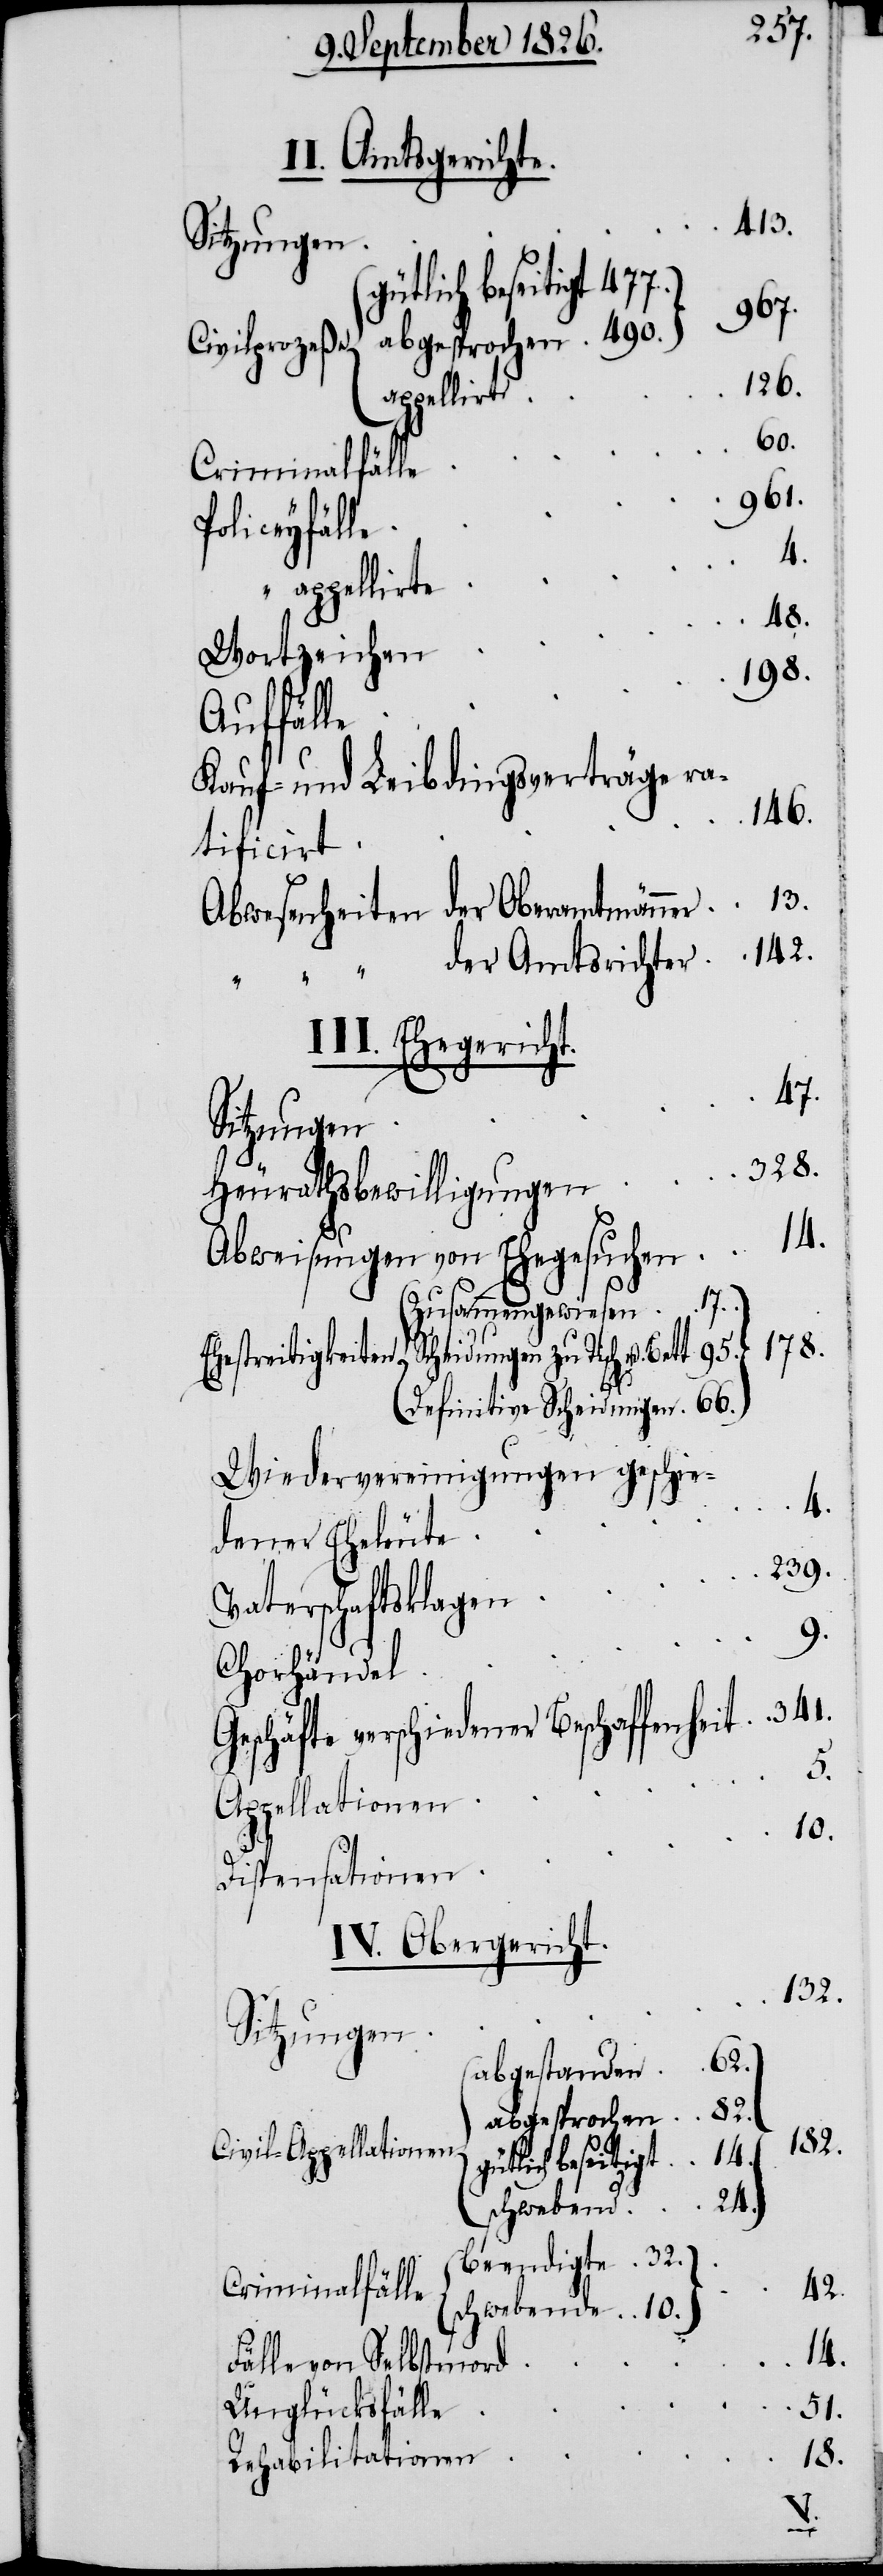
der Amtsrichter
413.
gütlich beseitigt
967.
appellirt
60.
961.
Policeyfälle
“ appellirte
48.
Wortzeichen
198.
Auffälle
Kauf- und Leibdingsverträge ra¬
146.
tificirt
III. Ehegericht.
17.
Sitzungen
328.
Heurathsbewilligungen
Abweisungen von Ehegesuchen
Zusammengewiesen
Definitive Scheidungen
Wiedervereinigungen geschie¬
4.
dener Eheleute
239.
Vaterschaftsklagen
9.
Chorhändel
Geschäfte verschiedener Beschaffenheit
5.
Appellationen
10.
Dispensationen
IV. Obergericht.
62.
abgestanden
32.
abgesprochen
82.
Civil-Appellationen
24.
schwebende
beendigte
Criminalfälle
42.
14.
Fälle von Selbstmord
Unglücksfälle
51.
18.
Rehabilitationen